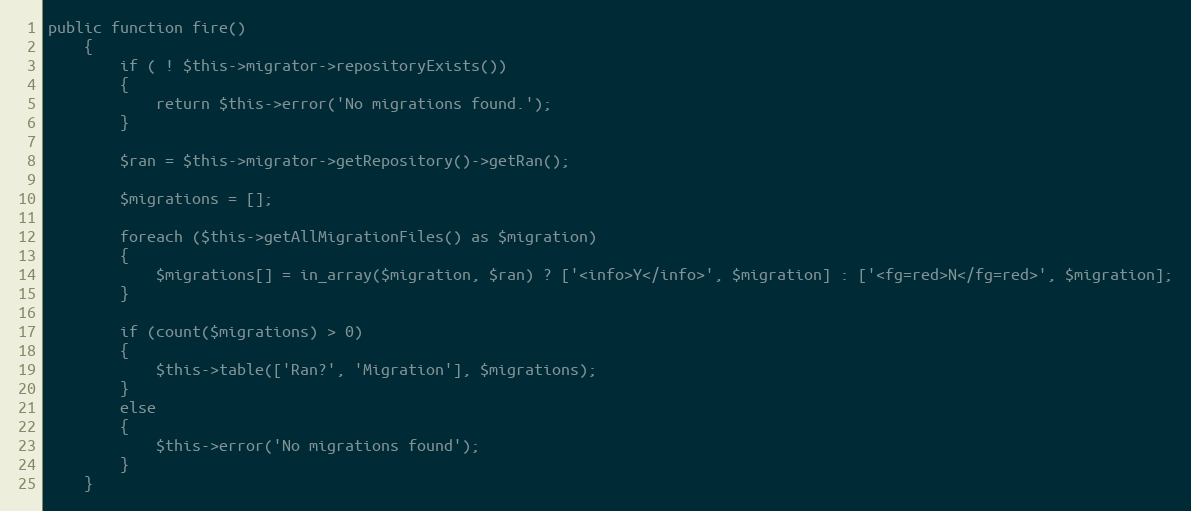
Language: PHP
public function fire()
	{
		if ( ! $this->migrator->repositoryExists())
		{
			return $this->error('No migrations found.');
		}

		$ran = $this->migrator->getRepository()->getRan();

		$migrations = [];

		foreach ($this->getAllMigrationFiles() as $migration)
		{
			$migrations[] = in_array($migration, $ran) ? ['<info>Y</info>', $migration] : ['<fg=red>N</fg=red>', $migration];
		}

		if (count($migrations) > 0)
		{
			$this->table(['Ran?', 'Migration'], $migrations);
		}
		else
		{
			$this->error('No migrations found');
		}
	}